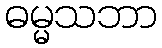
ဓမ္မသဘာ